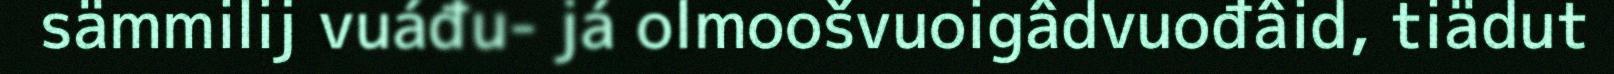
sämmilij vuáđu- já olmoošvuoigâdvuođâid, tiädut